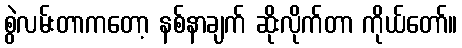
စွဲလမ်းတာကတော့ နစ်နာချက် ဆိုးလိုက်တာ ကိုယ်တော်။